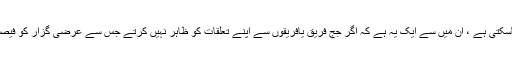
جن حالات میں اس طرح کی راحت دی جاسکتی ہے ، ان میں سے ایک یہ ہے کہ اگر جج فریق یافریقوں سے اپنے تعلقات کو ظاہر نہیں کرتے جس سے عرضی گزار کو فیصلے میں بھید بھائو اور نقصان کا اندیشہ ہو۔